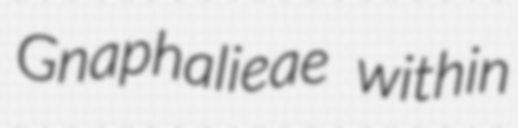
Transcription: Gnaphalieae within